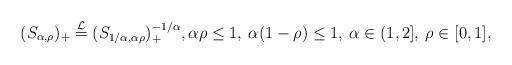
LaTeX: \begin{align*}(S_{\alpha,\rho})_+ \overset{\mathcal{L}}{=} (S_{1/\alpha,\alpha\rho})^{-1/\alpha}_+, \alpha \rho \le 1, \: \alpha (1-\rho) \le 1,\: \alpha \in (1,2], \: \rho \in [0,1],\end{align*}